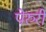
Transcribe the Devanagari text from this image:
पेरुरी